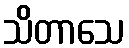
သိတာသေ